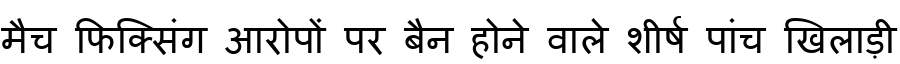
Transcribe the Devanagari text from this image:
मैच फिक्सिंग आरोपों पर बैन होने वाले शीर्ष पांच खिलाड़ी